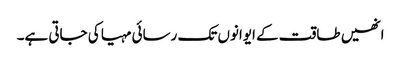
انھیں طاقت کے ایوانوں تک رسائی مہیا کی جاتی ہے۔